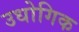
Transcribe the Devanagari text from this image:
उधोगिक